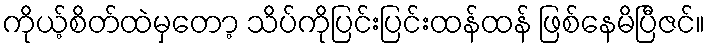
ကိုယ့်စိတ်ထဲမှတော့ သိပ်ကိုပြင်းပြင်းထန်ထန် ဖြစ်နေမိပြီဇင်။